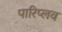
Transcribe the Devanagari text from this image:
पारिप्लव